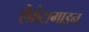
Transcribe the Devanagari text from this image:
ऐंफ़ेटामाइन